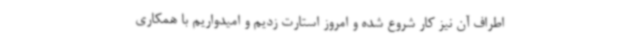
اطراف آن نیز کار شروع شده و امروز استارت زدیم و امیدواریم با همکاری